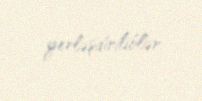
yerləşdiriliblər.